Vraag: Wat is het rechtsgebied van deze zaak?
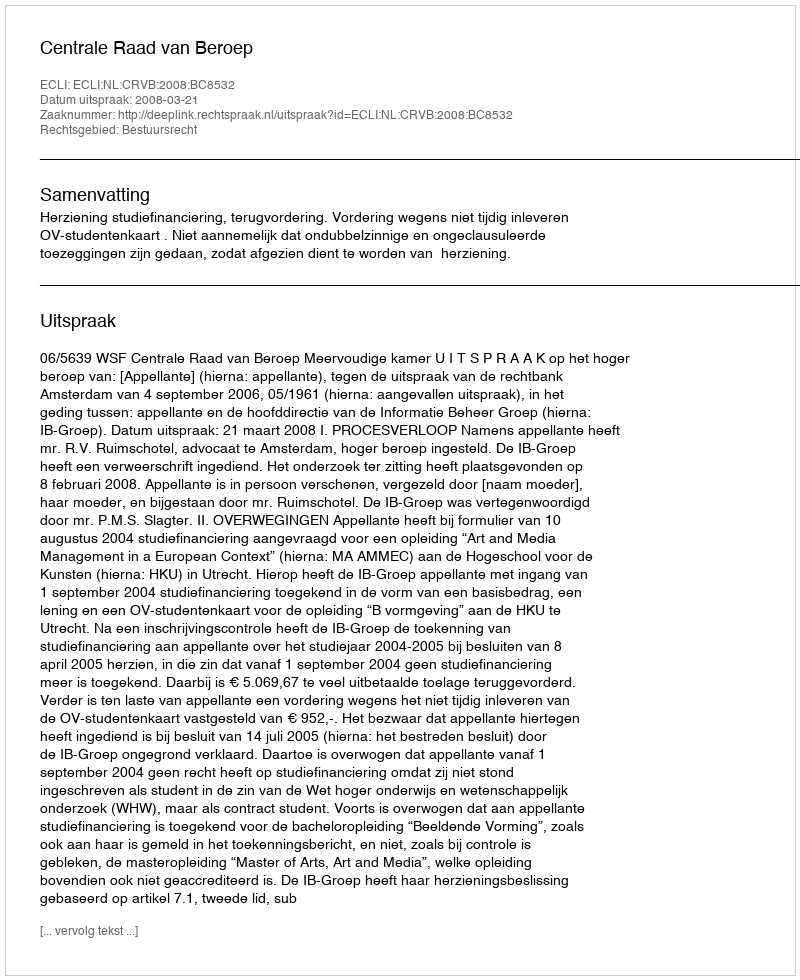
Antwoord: Bestuursrecht